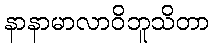
နာနာမာလာဝိဘူသိတာ